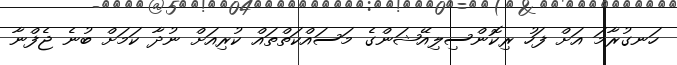
ހަނގުރާމަ އަށް ފަހު ރިކޮންސިލިއޭޝަންގެ މަސައްކަތްތައް ކުރިއަށް ނުދާ ކަމަށް ބުނެ ޖެފްނާ